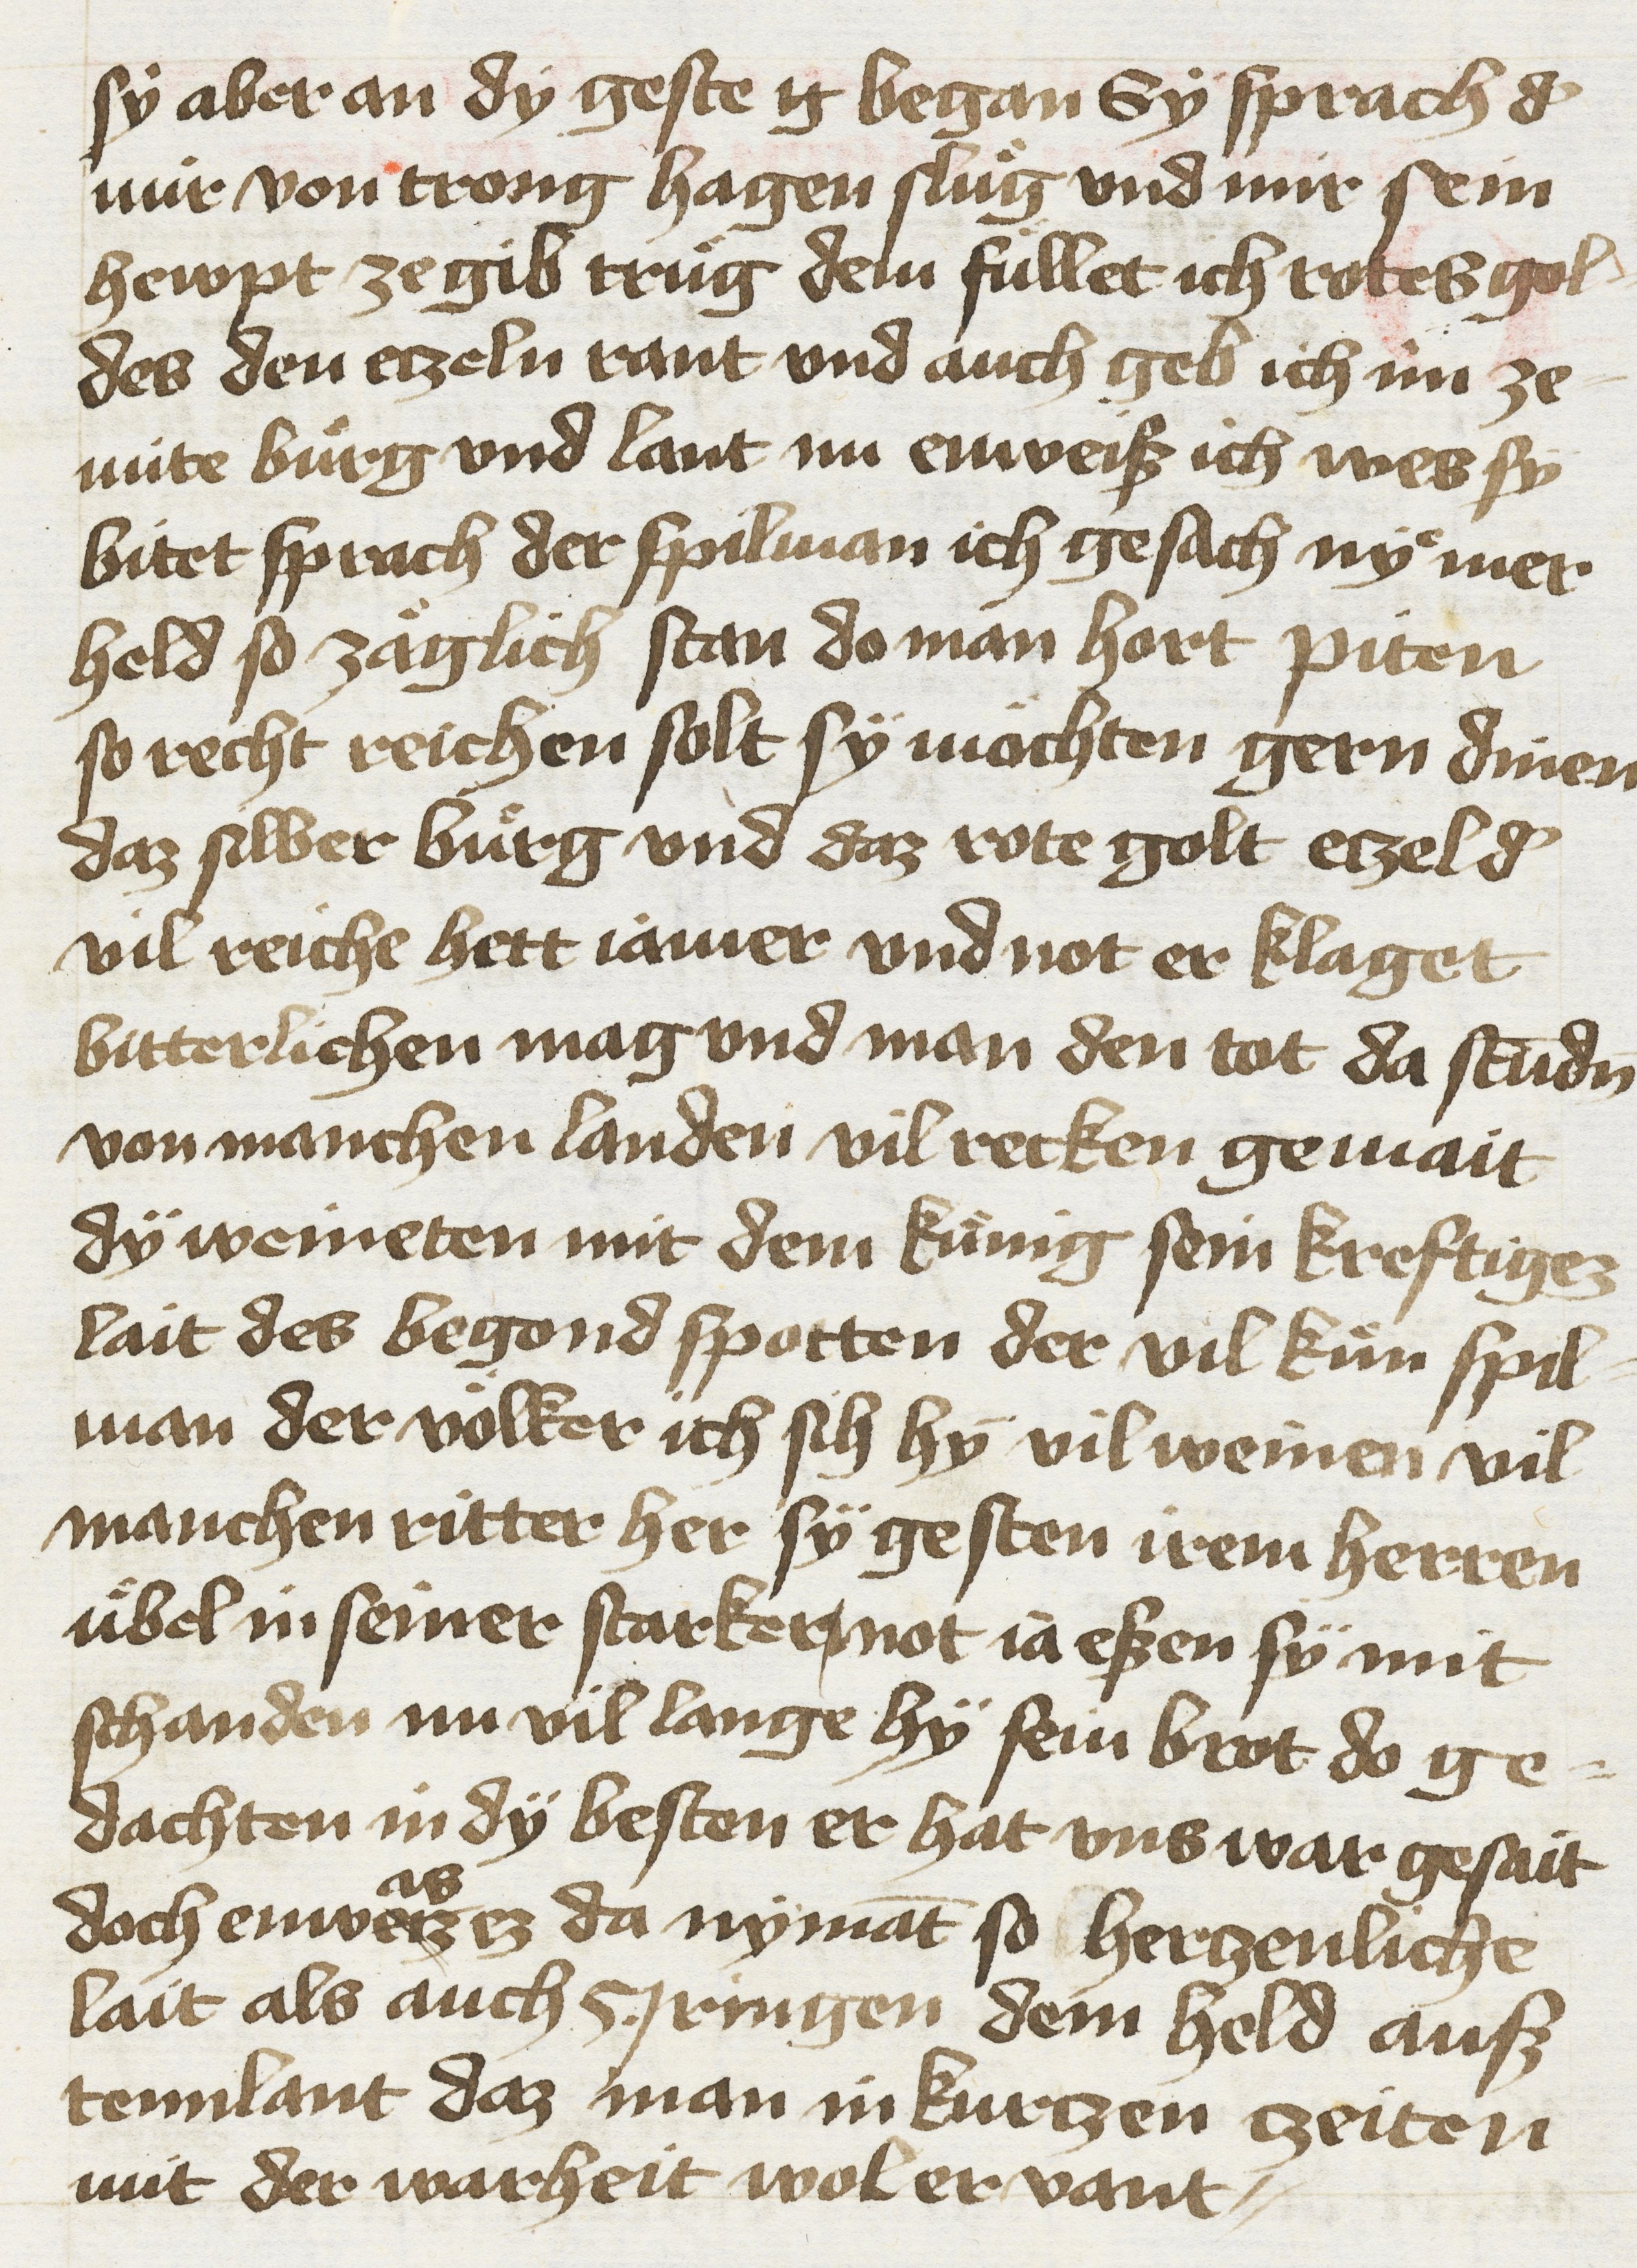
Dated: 1425–1449